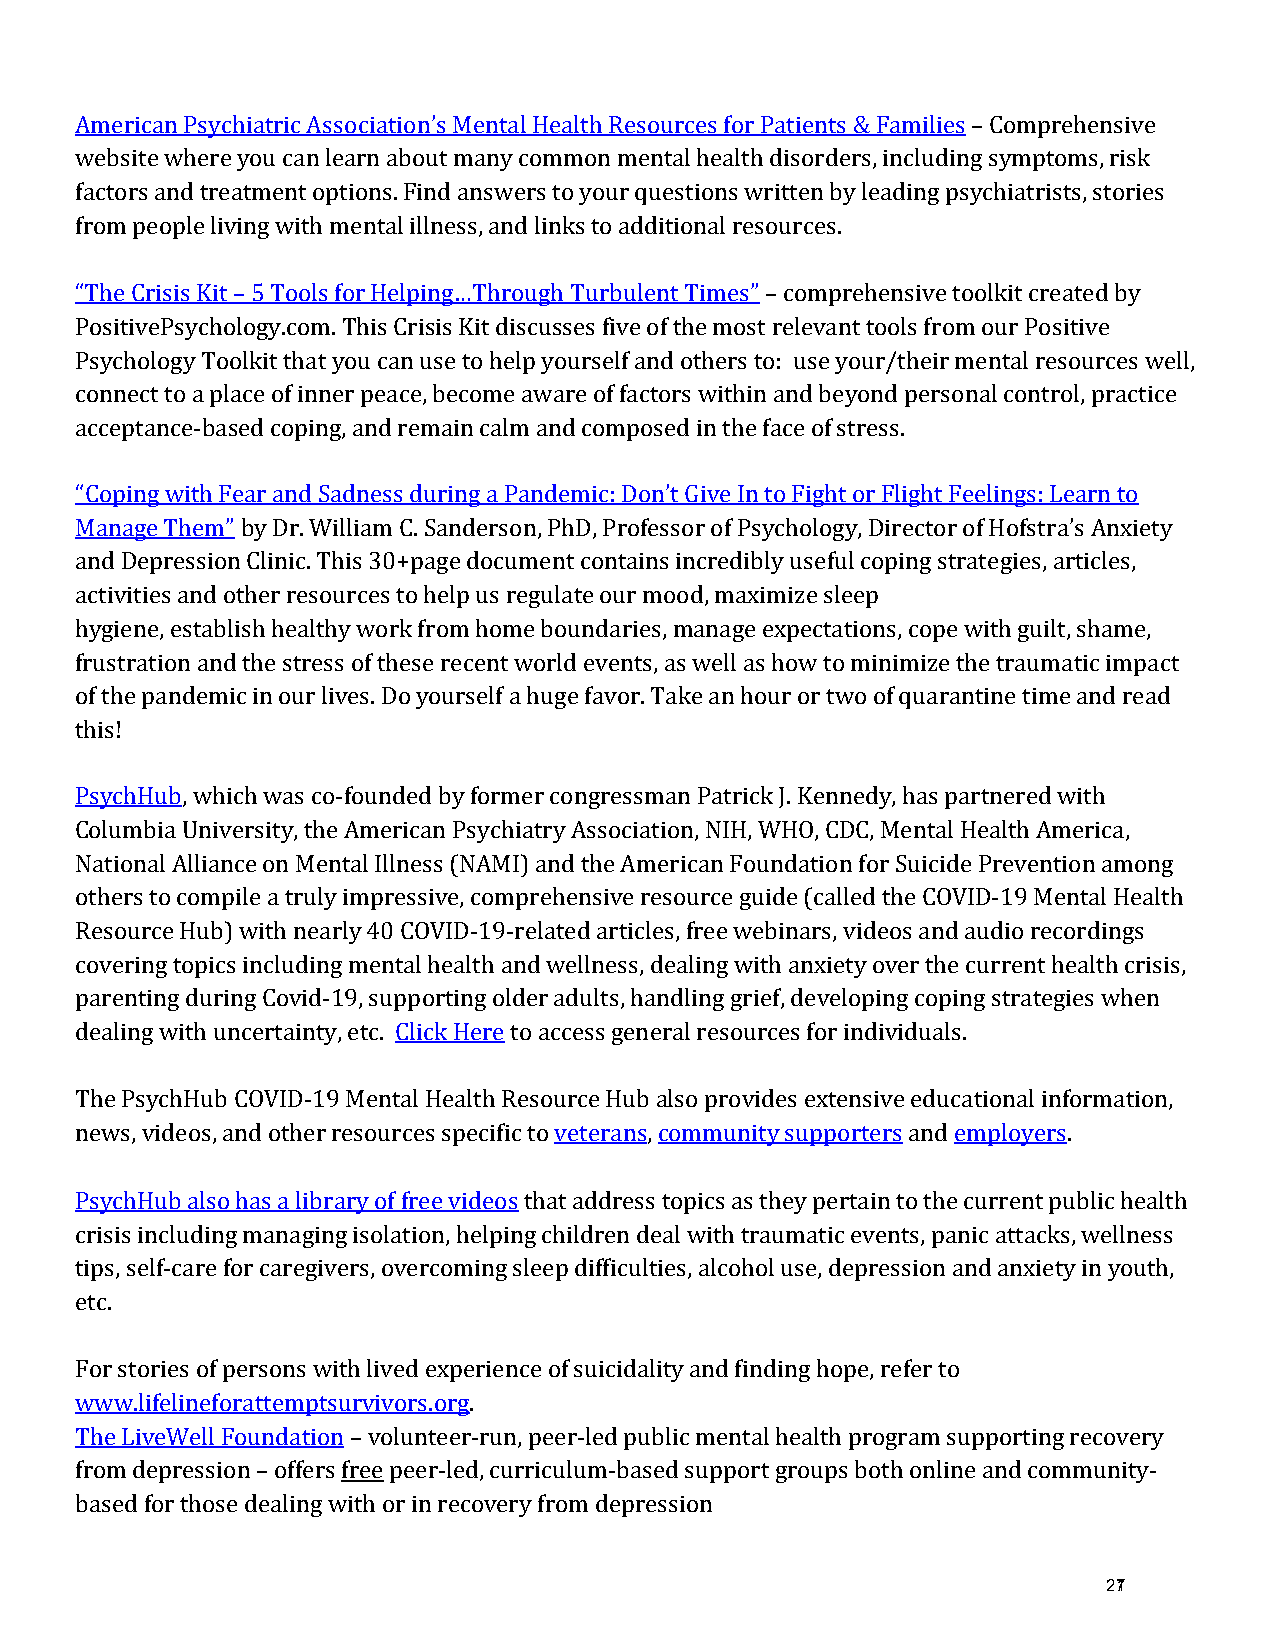
American Psychiatric Association’s Mental Health Resources for Patients & Families – Comprehensive
 website where you can learn about many common mental health disorders, including symptoms, risk
 factors and treatment options. Find answers to your questions written by leading psychiatrists, stories
 from people living with mental illness, and links to additional resources.
 “The Crisis Kit – 5 Tools for Helping…Through Turbulent Times” – comprehensive toolkit created by
 PositivePsychology.com.This Crisis Kit discusses five of the most relevant tools from our Positive
 Psychology Toolkit that you can use to help yourself and others to: use your/their mental resources well,
 connect to a place of inner peace, become aware of factors within and beyond personal control, practice
 acceptance-based coping, and remain calm and composed in the face of stress.
 “Coping with Fear and Sadness during a Pandemic: Don’t Give In to Fight or Flight Feelings: Learn to
 Manage Them” by Dr. William C. Sanderson, PhD, Professor of Psychology, Director of Hofstra’s Anxiety
 and Depression Clinic. This 30+page document contains incredibly useful coping strategies, articles,
 activities and other resources to help us regulate our mood, maximize sleep
 hygiene, establish healthy work from home boundaries, manage expectations, cope with guilt, shame,
 frustration and the stress of these recent world events, as well as how to minimize the traumatic impact
 of the pandemic in our lives. Do yourself a huge favor. Take an hour or two of quarantine time and read
 this!
 PsychHub, which was co-founded by former congressman Patrick J. Kennedy, has partnered with
 Columbia University, the American Psychiatry Association, NIH, WHO, CDC, Mental Health America,
 National Alliance on Mental Illness (NAMI) and the American Foundation for Suicide Prevention among
 others to compile a truly impressive, comprehensive resource guide (called the COVID-19 Mental Health
 Resource Hub) with nearly 40 COVID-19-related articles, free webinars, videos and audio recordings
 covering topics including mental health and wellness, dealing with anxiety over the current health crisis,
 parenting during Covid-19, supporting older adults, handling grief, developing coping strategies when
 dealing with uncertainty, etc. Click Here to access general resources for individuals.
 The PsychHub COVID-19 Mental Health Resource Hub also provides extensive educational information,
 news, videos, and other resources specific to veterans, community supporters and employers.
 PsychHub also has a library of free videos that address topics as they pertain to the current public health
 crisis including managing isolation, helping children deal with traumatic events, panic attacks, wellness
 tips, self-care for caregivers, overcoming sleep difficulties, alcohol use, depression and anxiety in youth,
 etc.
 For stories of persons with lived experience of suicidality and finding hope, refer to
 www.lifelineforattemptsurvivors.org.
 The LiveWell Foundation – volunteer-run, peer-led public mental health program supporting recovery
 from depression – offers free peer-led, curriculum-based support groups both online and community-
 based for those dealing with or in recovery from depression
 271